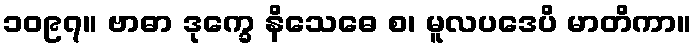
၁၀၉၇။ ဗာဓာ ဒုက္ခေ နိသေဓေ စ၊ မူလပဒေပိ မာတိကာ။